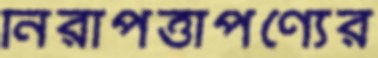
নিরাপত্তাপণ্যের